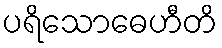
ပရိသောဓေဟီတိ